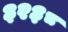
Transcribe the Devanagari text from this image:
३२३८